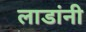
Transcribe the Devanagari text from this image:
लाडांनी